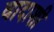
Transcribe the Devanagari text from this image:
वादाशी